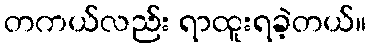
တကယ်လည်း ရာထူးရခဲ့တယ်။